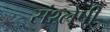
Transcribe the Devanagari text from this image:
संश्लेषी